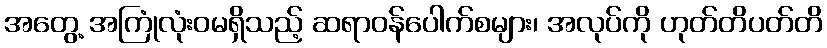
အတွေ့ အကြုံလုံးဝမရှိသည့် ဆရာဝန်ပေါက်စများ၊ အလုပ်ကို ဟုတ်တိပတ်တိ